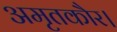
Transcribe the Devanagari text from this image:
अमृतकौर।